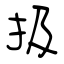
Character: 扱